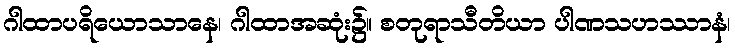
ဂါထာပရိယောသာနေ၊ ဂါထာအဆုံး၌။ စတုရာသီတိယာ ပါဏသဟဿာနံ၊